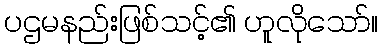
ပဌမနည်းဖြစ်သင့်၏ ဟူလိုသော်။